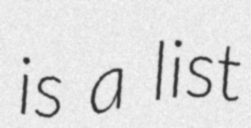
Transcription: is a list